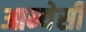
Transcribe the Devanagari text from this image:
आन्येसी